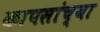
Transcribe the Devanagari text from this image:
कापसांच्या